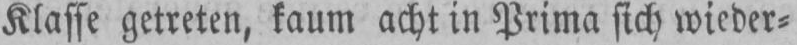
Klasse getreten, kaum acht in Prima sich wieder⸗